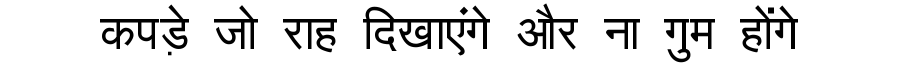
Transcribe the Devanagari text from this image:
कपड़े जो राह दिखाएंगे और ना गुम होंगे